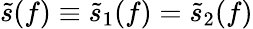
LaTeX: \tilde{s}(f)\equiv\tilde{s}_{1}(f)=\tilde{s}_{2}(f)